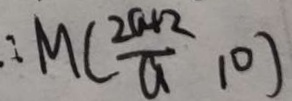
: M ( \frac { 2 a + 2 } { a } 1 0 )